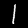
Label: 1